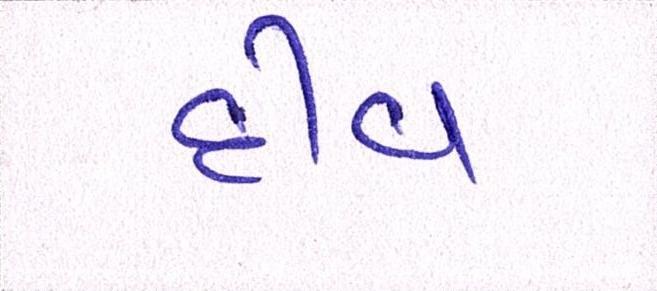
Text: દીવ